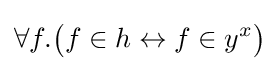
\forall f.{\big (}f\in h\leftrightarrow f\in y^{x}{\big )}